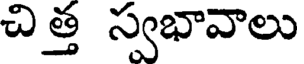
చి త్త స్వభావాలు